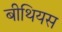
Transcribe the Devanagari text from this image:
बीथियस